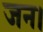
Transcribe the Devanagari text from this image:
जन।